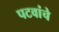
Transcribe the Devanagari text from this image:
पटवांचे